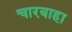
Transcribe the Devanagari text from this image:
चारबाहा